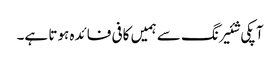
آپکی شئیرنگ سے ہمیں کافی فائدہ ہوتا ہے۔